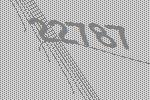
22787